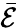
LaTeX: \bar{\mathcal{E}}